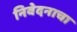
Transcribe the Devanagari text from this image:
निवेदनाचा